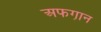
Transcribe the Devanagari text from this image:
अफगा़न